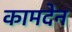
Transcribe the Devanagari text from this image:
कामदेन